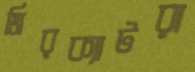
মিরক্যাটরা